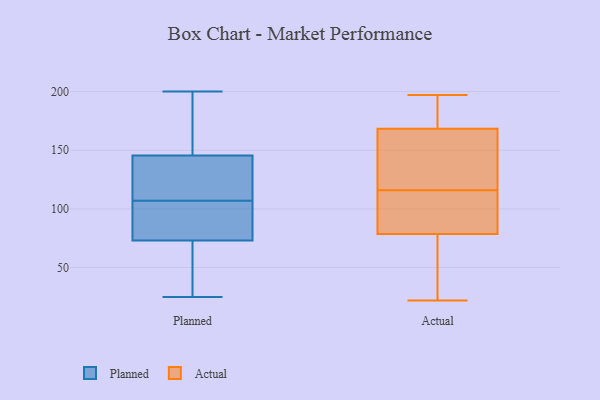
{"axis": {"x": "Satisfaction Score", "y": "Value"}, "legend": ["Actual", "Planned"], "data": [{"x": "", "y": 85, "type": "Planned"}, {"x": "", "y": 181, "type": "Planned"}, {"x": "", "y": 69, "type": "Planned"}, {"x": "", "y": 107, "type": "Planned"}, {"x": "", "y": 25, "type": "Planned"}, {"x": "", "y": 48, "type": "Planned"}, {"x": "", "y": 115, "type": "Planned"}, {"x": "", "y": 200, "type": "Planned"}, {"x": "", "y": 87, "type": "Planned"}, {"x": "", "y": 141, "type": "Planned"}, {"x": "", "y": 147, "type": "Planned"}, {"x": "", "y": 136, "type": "Actual"}, {"x": "", "y": 68, "type": "Actual"}, {"x": "", "y": 120, "type": "Actual"}, {"x": "", "y": 192, "type": "Actual"}, {"x": "", "y": 125, "type": "Actual"}, {"x": "", "y": 160, "type": "Actual"}, {"x": "", "y": 65, "type": "Actual"}, {"x": "", "y": 174, "type": "Actual"}, {"x": "", "y": 171, "type": "Actual"}, {"x": "", "y": 93, "type": "Actual"}, {"x": "", "y": 74, "type": "Actual"}, {"x": "", "y": 116, "type": "Actual"}, {"x": "", "y": 49, "type": "Actual"}, {"x": "", "y": 109, "type": "Actual"}, {"x": "", "y": 94, "type": "Actual"}, {"x": "", "y": 92, "type": "Actual"}, {"x": "", "y": 179, "type": "Actual"}, {"x": "", "y": 22, "type": "Actual"}, {"x": "", "y": 197, "type": "Actual"}]}